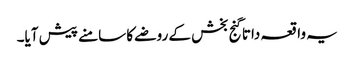
یہ واقعہ داتا گنج بخش کے روضے کا سامنے پیش آیا۔